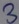
Text: 3